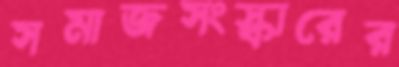
সমাজসংস্কারের